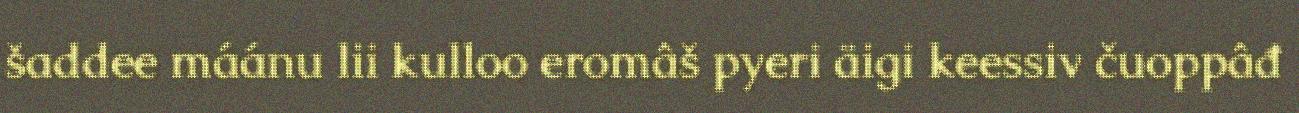
šaddee máánu lii kulloo eromâš pyeri äigi keessiv čuoppâđ